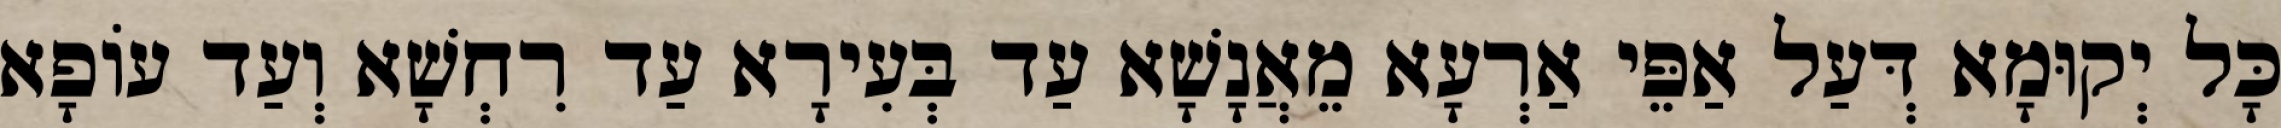
כָּל יְקוּמָא דְּעַל אַפֵּי אַרְעָא מֵאֲנָשָׁא עַד בְּעִירָא עַד רִחְשָׁא וְעַד עוֹפָא